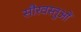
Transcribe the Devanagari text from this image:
सौरवस्तुओं